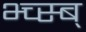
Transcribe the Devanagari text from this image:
भ्च्स्ब्